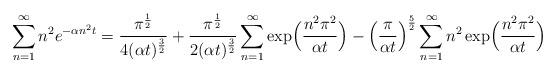
LaTeX: \begin{align*}\sum_{n=1}^{\infty} n^2 e^{-\alpha n^2t} = {\pi^{1 \over 2} \over 4(\alpha t)^{3 \over 2} } + {\pi^{1 \over 2} \over 2(\alpha t)^{3 \over 2} }\sum_{n=1}^{\infty} \exp \Bigl({n^2\pi^2 \over \alpha t}\Bigr) - \left({\pi \over \alpha t}\right)^{5 \over 2} \sum_{n=1}^{\infty} n^2 \exp \Bigl({n^2\pi^2 \over \alpha t}\Bigr)\end{align*}